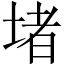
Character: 堵